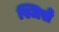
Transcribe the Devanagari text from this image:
स्जिसे